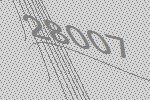
28007